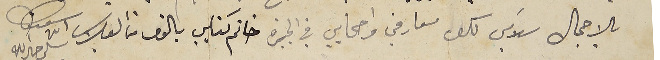
بالاجمال سَلامي لكل معارفي واصحابي في الجيرة خاتم كتابي بالوف من القبلات ابن شقيقتك سلم خيرالله